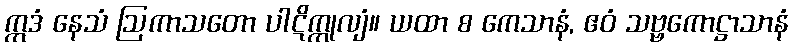
ဣဒံ နေသံ ဩကာသတော ပါဋိက္ကုလျံ။ ယထာ စ ကေသာနံ, ဧဝံ သဗ္ဗကောဋ္ဌာသာနံ